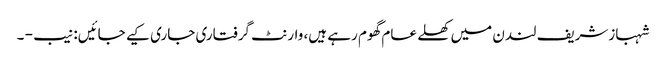
شہبازشریف لندن میں کھلے عام گھوم رہے ہیں، وارنٹ گرفتاری جاری کیے جائیں: نیب - ۔